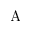
\mathrm A